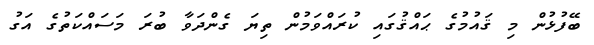
ބޭފުޅުން މި ޤައުމުގެ ޙައްޤުގައި ކުރައްވަމުން ތިޔަ ގެންދަވާ ބުރަ މަސައްކަތުގެ އަގު